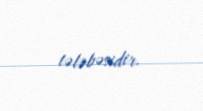
tələbəsidir.